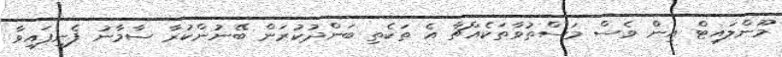
މޫންލައިޓް އިން ވެސް މަސްތުވާތަކެއްޗާ އެ ތަކެތި ބަންދުކުރަން ބޭނުންކުރާ ސާމާނު ފެނިފައިވާ